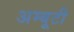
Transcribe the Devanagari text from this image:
अम्बूटी